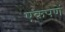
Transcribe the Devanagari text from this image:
एकपणें